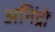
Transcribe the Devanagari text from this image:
अनिंद्रों